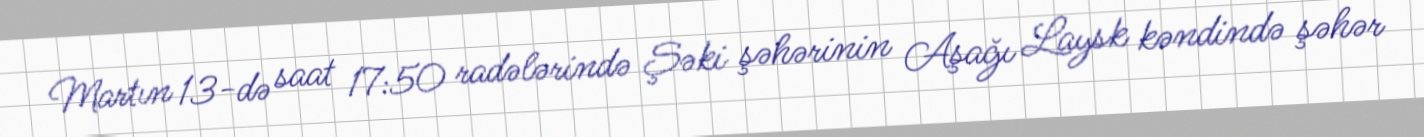
Martın 13-də saat 17:50 radələrində Şəki şəhərinin Aşağı Laysk kəndində şəhər